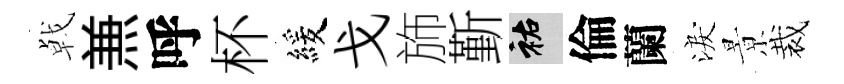
㦸𠔥呼杯緩戈斾斳祐倫蘭淚㬌裁